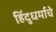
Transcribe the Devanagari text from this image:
हिंदुधर्माचे